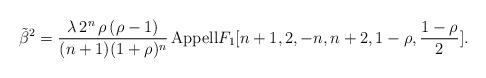
LaTeX: \begin{align*}\tilde{\beta}^2=\frac{\lambda\,2^{n}\,\rho\,(\rho-1)}{(n+1)(1+\rho)^{n}}\,{\rm{Appell}}F_{1}[n+1,2,-n,n+2,1-\rho,\frac{1-\rho}{2}].\end{align*}